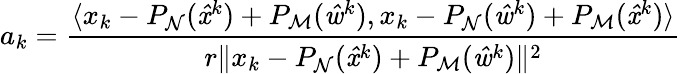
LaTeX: a_{k}=\frac{\langle x_{k}-P_{\mathrm{\mathcal{N}}}(\mathit{\hat{x}}^{k})+P_{\mathrm{\mathcal{M}}}(\mathit{\hat{w}}^{k}),x_{k}-P_{\mathrm{\mathcal{N}}}(\mathit{\hat{w}}^{k})+P_{\mathrm{\mathcal{M}}}(\mathit{\hat{x}}^{k})\rangle}{r\| x_{k}-P_{\mathrm{\mathcal{N}}}(\mathit{\hat{x}}^{k})+P_{\mathrm{\mathcal{M}}}(\mathit{\hat{w}}^{k})\| ^{2}}